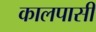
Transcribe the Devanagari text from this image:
कालपासी